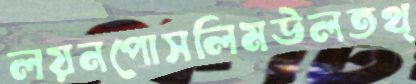
লয়নপোসলিমউলতথ্